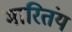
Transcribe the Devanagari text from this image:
मारितंय